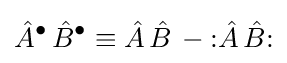
{\hat {A}}^{\bullet }\,{\hat {B}}^{\bullet }\equiv {\hat {A}}\,{\hat {B}}\,-{\mathopen {:}}{\hat {A}}\,{\hat {B}}{\mathclose {:}}